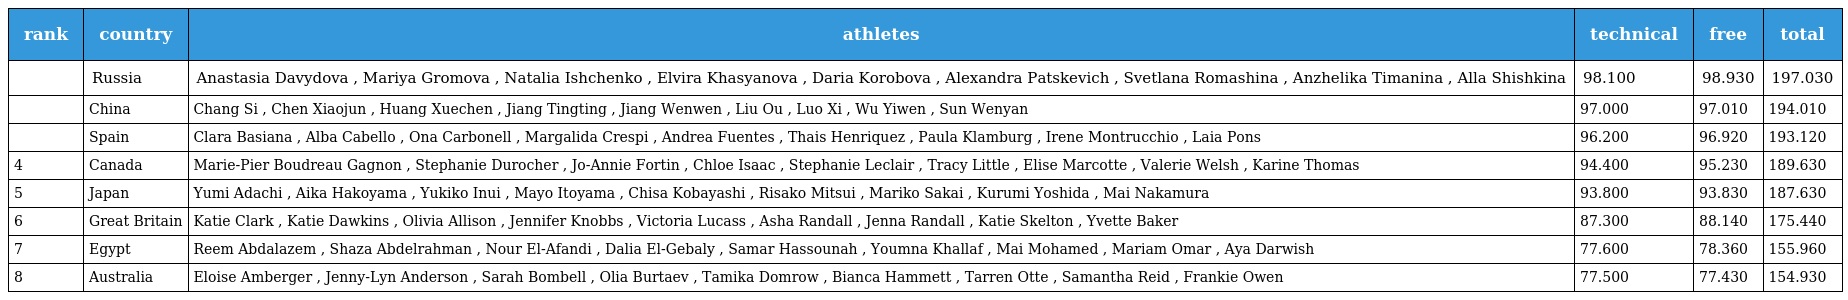
| rank | country | athletes | technical | free | total |
 | --- | --- | --- | --- | --- | --- |
 |  | Russia | Anastasia Davydova , Mariya Gromova , Natalia Ishchenko , Elvira Khasyanova , Daria Korobova , Alexandra Patskevich , Svetlana Romashina , Anzhelika Timanina , Alla Shishkina | 98.100 | 98.930 | 197.030 |
 |  | China | Chang Si , Chen Xiaojun , Huang Xuechen , Jiang Tingting , Jiang Wenwen , Liu Ou , Luo Xi , Wu Yiwen , Sun Wenyan | 97.000 | 97.010 | 194.010 |
 |  | Spain | Clara Basiana , Alba Cabello , Ona Carbonell , Margalida Crespi , Andrea Fuentes , Thais Henriquez , Paula Klamburg , Irene Montrucchio , Laia Pons | 96.200 | 96.920 | 193.120 |
 | 4 | Canada | Marie-Pier Boudreau Gagnon , Stephanie Durocher , Jo-Annie Fortin , Chloe Isaac , Stephanie Leclair , Tracy Little , Elise Marcotte , Valerie Welsh , Karine Thomas | 94.400 | 95.230 | 189.630 |
 | 5 | Japan | Yumi Adachi , Aika Hakoyama , Yukiko Inui , Mayo Itoyama , Chisa Kobayashi , Risako Mitsui , Mariko Sakai , Kurumi Yoshida , Mai Nakamura | 93.800 | 93.830 | 187.630 |
 | 6 | Great Britain | Katie Clark , Katie Dawkins , Olivia Allison , Jennifer Knobbs , Victoria Lucass , Asha Randall , Jenna Randall , Katie Skelton , Yvette Baker | 87.300 | 88.140 | 175.440 |
 | 7 | Egypt | Reem Abdalazem , Shaza Abdelrahman , Nour El-Afandi , Dalia El-Gebaly , Samar Hassounah , Youmna Khallaf , Mai Mohamed , Mariam Omar , Aya Darwish | 77.600 | 78.360 | 155.960 |
 | 8 | Australia | Eloise Amberger , Jenny-Lyn Anderson , Sarah Bombell , Olia Burtaev , Tamika Domrow , Bianca Hammett , Tarren Otte , Samantha Reid , Frankie Owen | 77.500 | 77.430 | 154.930 |